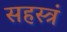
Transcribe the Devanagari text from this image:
सहस्त्रं